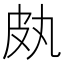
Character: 㿪